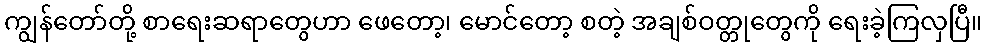
ကျွန်တော်တို့ စာရေးဆရာတွေဟာ ဖေတော့၊ မောင်တော့ စတဲ့ အချစ်ဝတ္တုတွေကို ရေးခဲ့ကြလှပြီ။